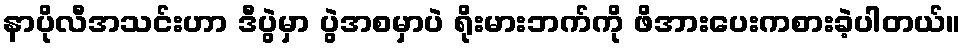
နာပိုလီအသင်းဟာ ဒီပွဲမှာ ပွဲအစမှာပဲ ရိုးမားဘက်ကို ဖိအားပေးကစားခဲ့ပါတယ်။